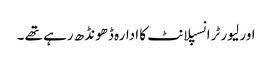
اور لیور ٹرانسپلانٹ کا ادارہ ڈھونڈھ رہے تھے ۔